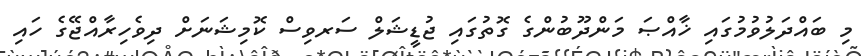
މި ބައްދަލުވުމުގައި ޚާއްޞަ މަންދޫބުންގެ ގޮތުގައި ޖުޑީޝަލް ސަރވިސް ކޮމިޝަނަށް ދިވެހިރާއްޖޭގެ ހައި